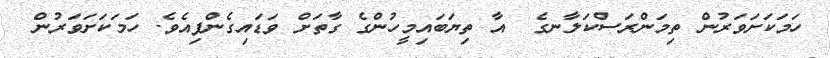
ހަމަކަށަވަރުން ތިމަންރަސްކަލާނގެ  އާ ތިޔަބައިމީހުންގެ ގާތަށް ވަޑައިގެންފިއެވެ. ހަމަކަށަވަރުން